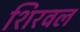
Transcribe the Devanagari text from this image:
शिरवल